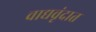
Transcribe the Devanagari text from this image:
वाद्यवृंदात